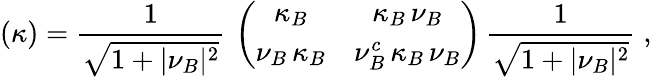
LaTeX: (\kappa)={\frac{1}{\sqrt{1+\vert\nu_{B}\vert^{2}}}}\, \left(\begin{array}{cc}{{\kappa_{B}}}&{{\kappa_{B}\, \nu_{B}}}\\ {{\nu_{B}\, \kappa_{B}}}&{{\nu_{B}^{c}\, \kappa_{B}\, \nu_{B}}}\end{array}\right)\, {\frac{1}{\sqrt{1+\vert\nu_{B}\vert^{2}}}}\; ,